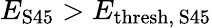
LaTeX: E_{\mathrm{S45}}>E_{\mathrm{thresh,\, S45}}